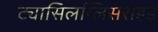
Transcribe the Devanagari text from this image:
ट्यासिलग्लिसराइड